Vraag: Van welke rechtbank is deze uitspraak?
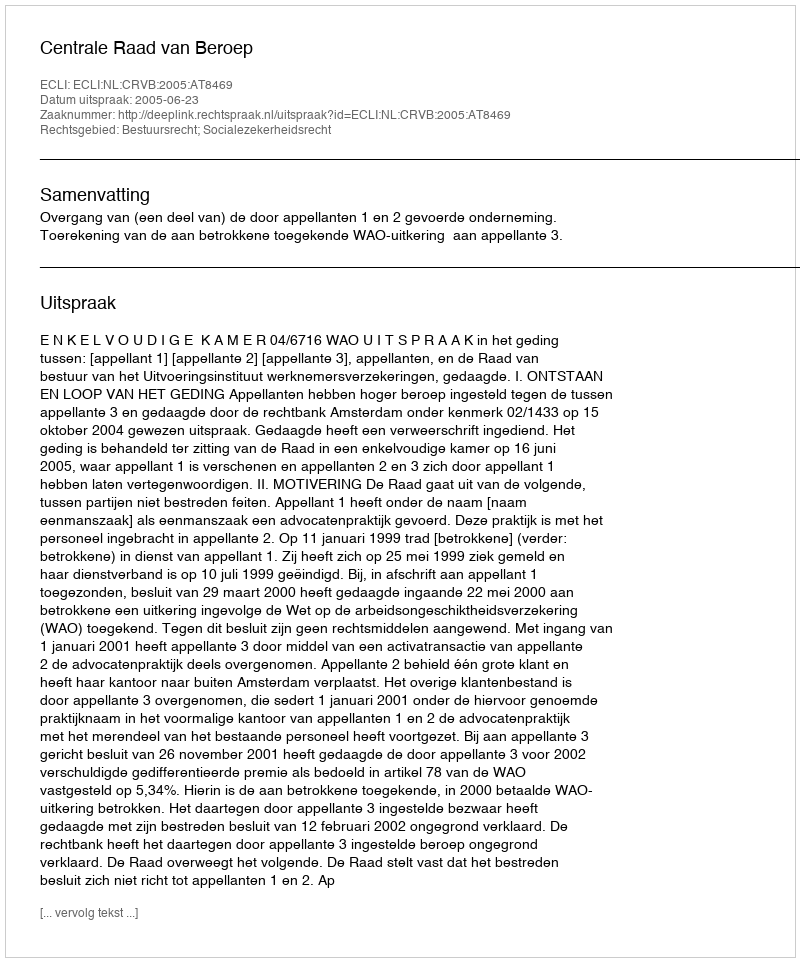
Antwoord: Centrale Raad van Beroep